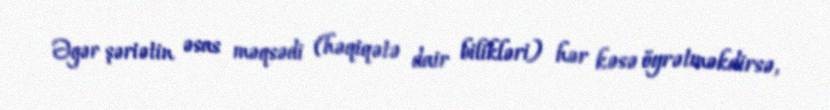
Əgər şəriətin əsas məqsədi (həqiqətə dair bilikləri) hər kəsə öyrətməkdirsə,